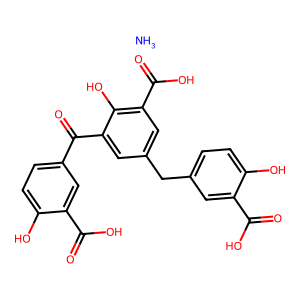
SMILES: N.O=C(O)c1cc(Cc2cc(C(=O)O)c(O)c(C(=O)c3ccc(O)c(C(=O)O)c3)c2)ccc1O
Inhibits HIV replication: Yes